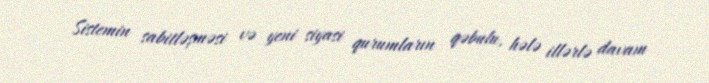
Sistemin sabitləşməsi və yeni siyasi qurumların qəbulu, hələ illərlə davam